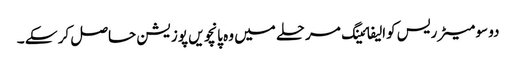
دو سو میٹر ریس کوالیفائینگ مرحلے میں وہ پانچویں پوزیشن حاصل کر سکے ۔